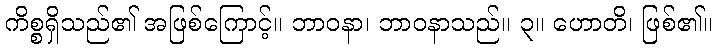
ကိစ္စရှိသည်၏ အဖြစ်ကြောင့်။ ဘာဝနာ၊ ဘာဝနာသည်။ ၃။ ဟောတိ၊ ဖြစ်၏။